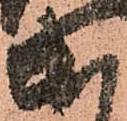
出